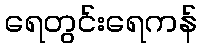
ရေတွင်းရေကန်